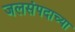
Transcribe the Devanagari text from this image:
जलसंपदाच्या